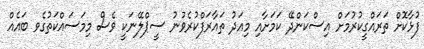
ފުޅާކޮށް ތަރައްގީކުރުމަށް އިސްކަންދޭ ކަމަށާއި މިއަދު ތައާރަފްކުރެވުނު ސީޕްލޭނަކީ ވެސް މިމަސައްކަތުގެވ ބައެއް